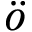
\ddot { o }